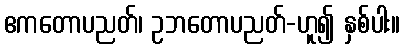
ဧကတောပညတ်၊ ဥဘတောပညတ်-ဟူ၍ နှစ်ပါး။